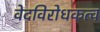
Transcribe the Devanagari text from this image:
वेदविरोधकत्व